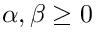
\alpha , \beta \geq 0